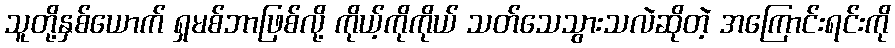
သူတို့နှစ်ယောက် ရှမစ်ဘာဖြစ်လို့ ကိုယ့်ကိုကိုယ် သတ်သေသွားသလဲဆိုတဲ့ အကြောင်းရင်းကို